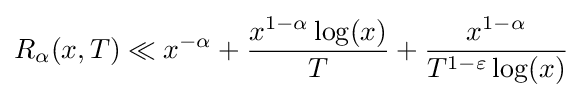
R_{\alpha }(x,T)\ll x^{-\alpha }+{\frac {x^{1-\alpha }\log(x)}{T}}+{\frac {x^{1-\alpha }}{T^{1-\varepsilon }\log(x)}}